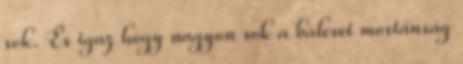
sok. És igaz hogy nagyon sok a baleset mostánság